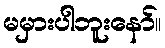
မမှားပါဘူးနော်။